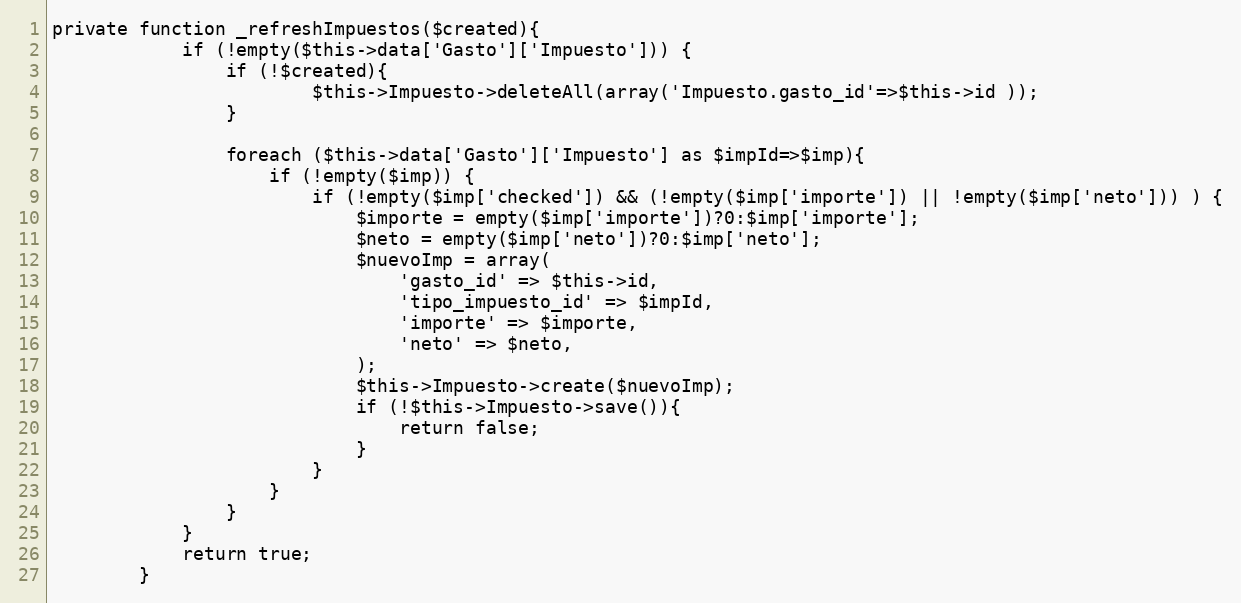
Language: PHP
private function _refreshImpuestos($created){
            if (!empty($this->data['Gasto']['Impuesto'])) {
                if (!$created){
                        $this->Impuesto->deleteAll(array('Impuesto.gasto_id'=>$this->id ));
                }

                foreach ($this->data['Gasto']['Impuesto'] as $impId=>$imp){
                    if (!empty($imp)) {
                        if (!empty($imp['checked']) && (!empty($imp['importe']) || !empty($imp['neto'])) ) {
                            $importe = empty($imp['importe'])?0:$imp['importe'];
                            $neto = empty($imp['neto'])?0:$imp['neto'];
                            $nuevoImp = array(
                                'gasto_id' => $this->id,
                                'tipo_impuesto_id' => $impId,
                                'importe' => $importe,
                                'neto' => $neto,
                            );
                            $this->Impuesto->create($nuevoImp);
                            if (!$this->Impuesto->save()){
                                return false;
                            }
                        }
                    }
                }
            }
            return true;
        }